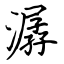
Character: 潺